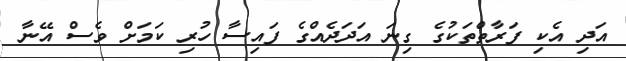
އަދި އެކި ފަރާތްތަކުގެ ގިނަ އަދަދެއްގެ ފައިސާ ހުރި ކަމަށް ވެސް އޭނާ